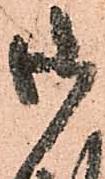
御